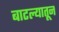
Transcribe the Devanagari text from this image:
बाटल्यातून